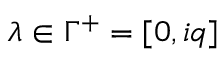
\lambda \in \Gamma ^ { + } = [ 0 , i q ]